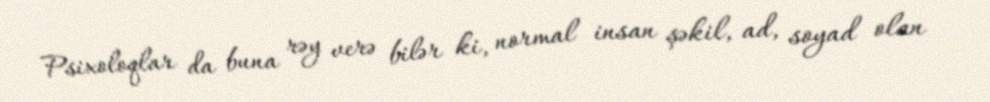
Psixoloqlar da buna rəy verə bilər ki, normal insan şəkil, ad, soyad olan